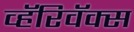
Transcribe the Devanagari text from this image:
व्हॅरिवॅक्स